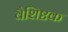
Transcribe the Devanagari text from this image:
वैशिष्टक